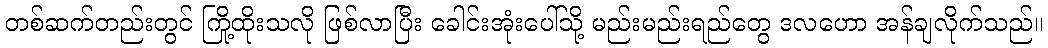
တစ်ဆက်တည်းတွင် ကြို့ထိုးသလို ဖြစ်လာပြီး ခေါင်းအုံးပေါ်သို့ မည်းမည်းရည်တွေ ဒလဟော အန်ချလိုက်သည်။